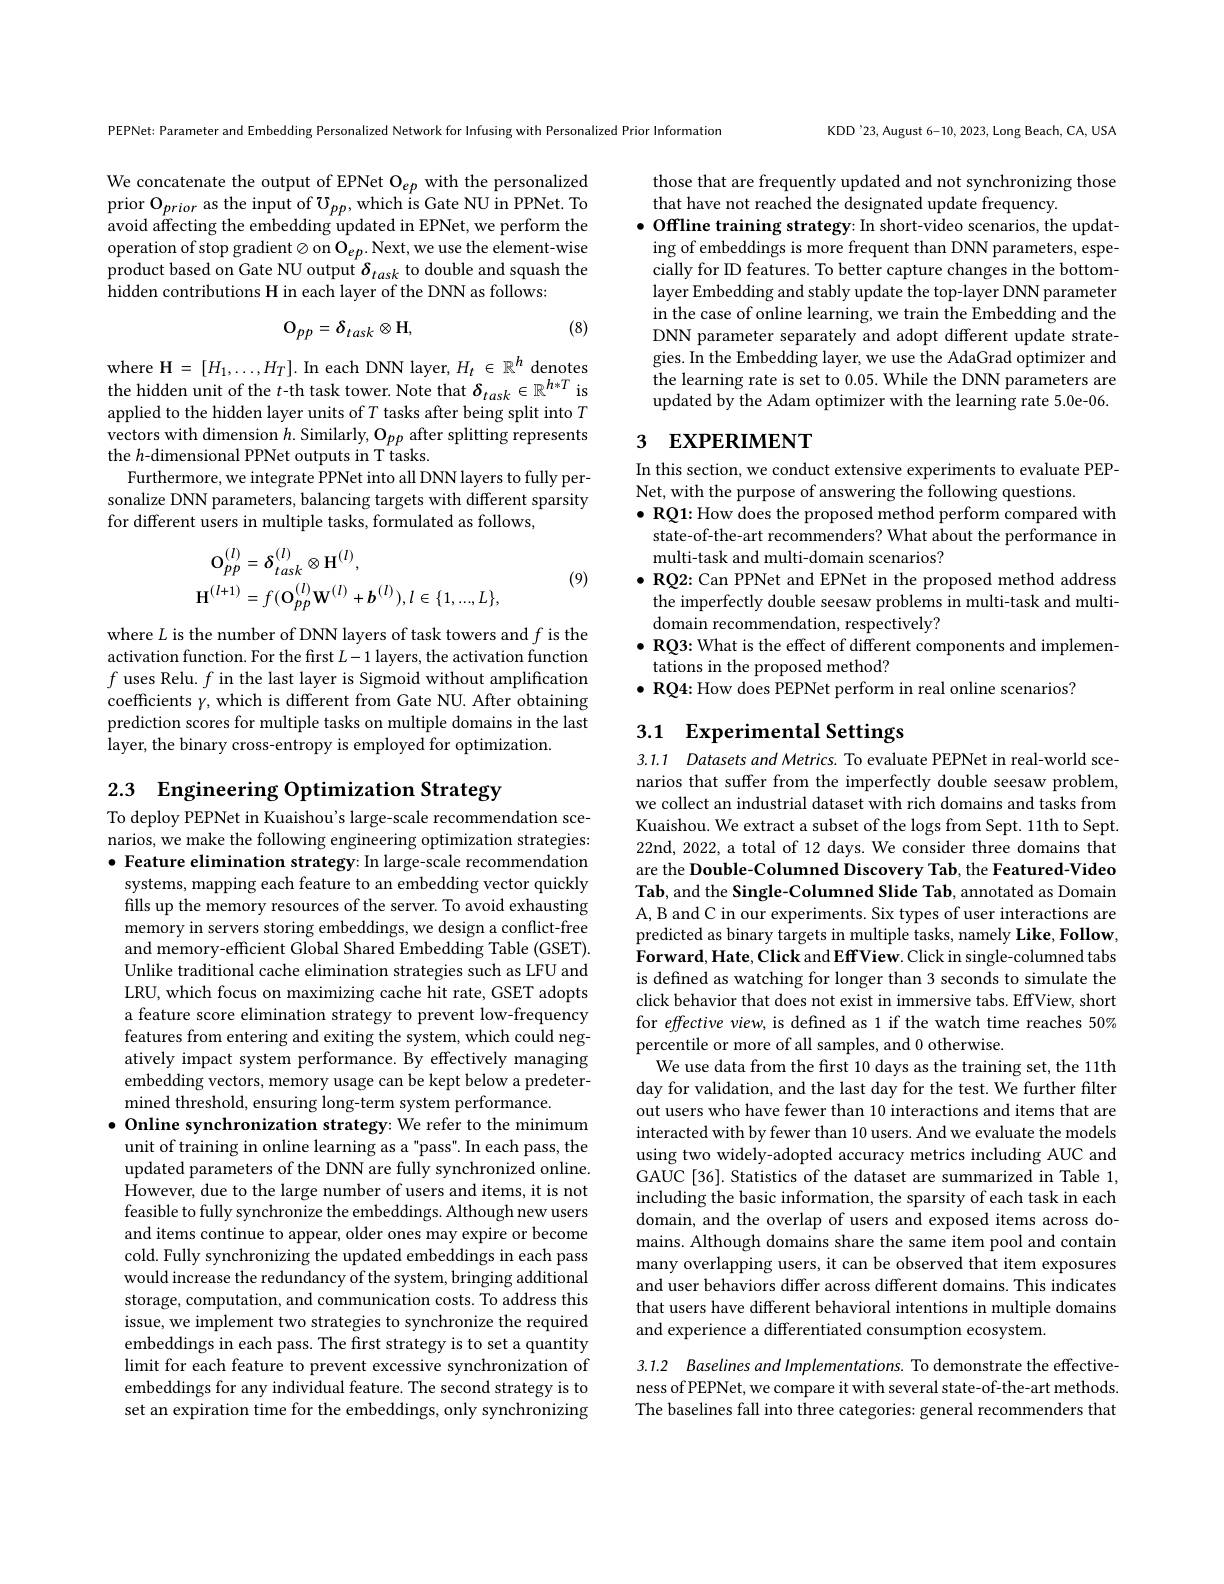
KDD'23, August 6-10, 2023, Long Beach, CA, USA

PEPNet: Parameter and Embedding Personalized Network for Infusing with Personalized Prior Information

We concatenate the output of EPNet O$_{ep}$ with the personalized prior $\mathcal{O}_{prior}$ as the input of $\mathcal{U}_pp$, which is Gate NU in PPNet. To avoid affecting the embedding updated in EPNet, we perform the operation of stop gradient $\otimes$ on O$_ep.$ Next, we use the element-wise product based on Gate NU output $\delta_{task}$ to double and squash the hidden contributions H in each layer of the DNN as follows:

those that are frequently updated and not synchronizing those
that have not reached the designated update frequency.
$\bullet$ Offline training strategy: In short-video scenarios, the updating of embeddings is more frequent than DNN parameters, especially for ID features. To better capture changes in the bottomlayer Embedding and stably update the top-layer DNN parameter in the case of online learning, we train the Embedding and the DNN parameter separately and adopt different update strategies. In the Embedding layer, we use the AdaGrad optimizer and the learning rate is set to 0.05. While the DNN parameters are updated by the Adam optimizer with the learning rate 5.0e-06.

(8)
$$\mathrm{O}_{pp}=\delta_{task}\otimes\mathrm{H},$$
## 3 EXPERIMENT

where H $=[H_1,\ldots,H_T].$ In each DNN layer, $H_t\in\mathbb{R}^h$ denotes the hidden unit of the $t$-th task tower. Note that $\delta_{task}\in\mathbb{R}^{h*T}$ is applied to the hidden layer units of $T$ tasks after being split into $T$ $\begin{array}{l}{\mathrm{vectors~with~dimension~}h.\text{Similarly, O}_{pp}\text{ after splitting represents}}\\{\mathrm{the~}h\text{-dimensional PPNet outputs in T tasks.}}\end{array}$
Furthermore, we integrate PPNet into all DNN layers to fully personalize DNN parameters, balancing targets with different sparsity for different users in multiple tasks, formulated as follows,
$$\begin{aligned}\mathbf{O}_{pp}^{(l)}&=\delta_{task}^{(l)}\otimes\mathbf{H}^{(l)},\\\mathbf{H}^{(l+1)}&=f(\mathbf{O}_{pp}^{(l)}\mathbf{W}^{(l)}+\boldsymbol{b}^{(l)}),l\in\{1,...,L\},\end{aligned}$$
In this section, we conduct extensive experiments to evaluate PEP-
Net, with the purpose of answering the following questions.
$\bullet$ RQ1: How does the proposed method perform compared with
state-of-the-art recommenders? What about the performance in
multi-task and multi-domain scenarios?
$\bullet$ RQ2: Can PPNet and EPNet in the proposed method address
the imperfectly double seesaw problems in multi-task and multi-
$\dot{\text{domain recommendation, respectively?}}$
$\bullet$ RQ3: What is the effect of different components and implemen-
tations in the proposed method?
$\bullet$ RQ4: How does PEPNet perform in real online scenarios?

(9)

where $L$ is the number of DNN layers of task towers and $f$ is the activation function. For the first $L-1$ layers, the activation function $f$ uses Relu. $f$ in the last layer is Sigmoid without amplification coefficients $\gamma$, which is different from Gate NU. After obtaining prediction scores for multiple tasks on multiple domains in the last layer, the binary cross-entropy is employed for optimization.

## 3.1 Experimental Settings

2.3 Engineering Optimization Strategy

3.1.1 Datasets and Metrics. To evaluate PEPNet in real-world scenarios that suffer from the imperfectly double seesaw problem, we collect an industrial dataset with rich domains and tasks from Kuaishou. We extract a subset of the logs from Sept. 11th to Sept. 22nd, 2022, a total of 12 days. We consider three domains that are the Double-Columned Discovery Tab, the Featured-Video Tab, and the Single-Columned Slide Tab, annotated as Domain A, B and C in our experiments. Six types of user interactions are predicted as binary targets in multiple tasks, namely Like, Follow, Forward, Hate, Click and Eff View. Click in single-columned tabs is defined as watching for longer than 3 seconds to simulate the click behavior that does not exist in immersive tabs. EffView, short for effective view, is defined as 1 if the watch time reaches 50% percentile or more of all samples, and 0 otherwise.
We use data from the frst 10 days as the training set, the 11th day for validation, and the last day for the test. We further filter out users who have fewer than 10 interactions and items that are interacted with by fewer than 10 users. And we evaluate the models using two widely-adopted accuracy metrics including AUC and GAUC [36]. Statistics of the dataset are summarized in Table 1, including the basic information, the sparsity of each task in each domain, and the overlap of users and exposed items across domains. Although domains share the same item pool and contain many overlapping users, it can be observed that item exposures and user behaviors differ across different domains. This indicates that users have different behavioral intentions in multiple domains and experience a differentiated consumption ecosystem.
3.1.2 Baselines and Implementations. To demonstrate the effective-

To deploy PEPNet in Kuaishou's large-scale recommendation scenarios, we make the following engineering optimization strategies: $\bullet$ Feature elimination strategy: In large-scale recommendation systems, mapping each feature to an embedding vector quickly fills up the memory resources of the server. To avoid exhausting memory in servers storing embeddings, we design a conflict-free and memory-efficient Global Shared Embedding Table (GSET). Unlike traditional cache elimination strategies such as LFU and LRU, which focus on maximizing cache hit rate, GSET adopts a feature score elimination strategy to prevent low-frequency features from entering and exiting the system, which could negatively impact system performance. By effectively managing embedding vectors, memory usage can be kept below a predetermined threshold, ensuring long-term system performance.
$\bullet$ Online synchronization strategy: We refer to the minimum unit of training in online learning as a"pass". In each pass, the updated parameters of the DNN are fully synchronized online. However, due to the large number of users and items, it is not feasible to fully synchronize the embeddings. Although new users and items continue to appear, older ones may expire or become cold. Fully synchronizing the updated embeddings in each pass would increase the redundancy of the system, bringing additional storage, computation, and communication costs. To address this issue, we implement two strategies to synchronize the required embeddings in each pass. The first strategy is to set a quantity limit for each feature to prevent excessive synchronization of embeddings for any individual feature. The second strategy is to set an expiration time for the embeddings, only synchronizing

ness of PEPNet, we compare it with several state-of-the-art methods The baselines fall into three categories: general recommenders that